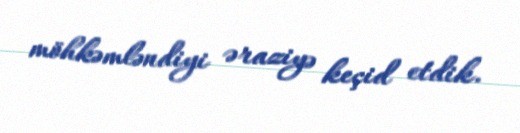
möhkəmləndiyi əraziyə keçid etdik.